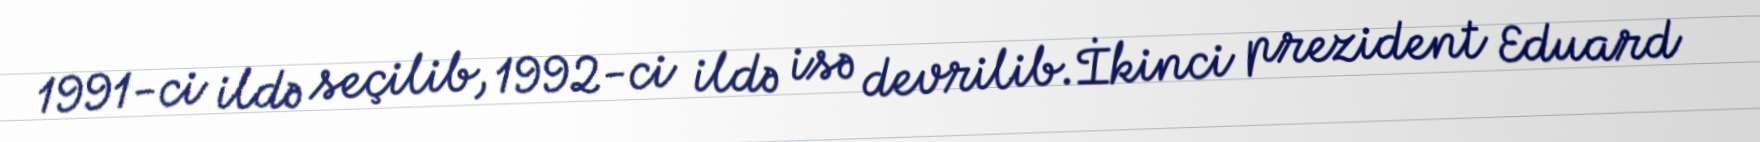
1991-ci ildə seçilib, 1992-ci ildə isə devrilib.İkinci prezident Eduard